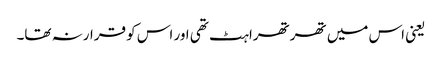
یعنی اس میں تھرتھراہٹ تھی اور اس کو قرارنہ تھا۔